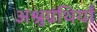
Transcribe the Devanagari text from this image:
अश्रुग्रंथियाँ